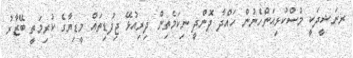
ރނަޝީދަކީ މުސްކުޅިއަންހެނުން ހައްދާ ދޮންދީ ނިކަމެތިން ދިރިއުޅޭ ޖިފުޑިތައް މީޑިޔާގެ ކުރިމަތީ ބޭޒާރު